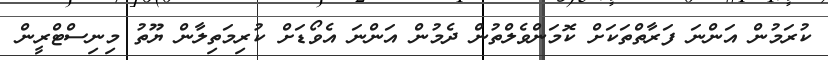
ކުރަމުން އަންނަ ފަރާތްތަކަށް ކޮމަންވެލްތުން ދެމުން އަންނަ އެވޯޑަށް ކުރިމަތިލާން ޔޫތު މިނިސްޓްރީން